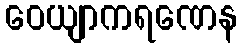
ဝေယျာကရဏေန